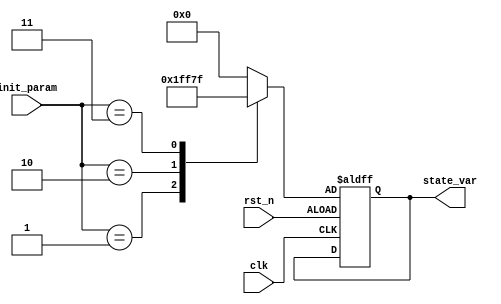
module ConfigurableInit #(
    parameter DATA_WIDTH = 8,            // Width of input and state signals
    parameter NUM_INIT_CONDITIONS = 4    // Number of different initial conditions
)(
    input wire clk,                       // Clock input
    input wire rst_n,                     // Active low reset
    input wire [DATA_WIDTH-1:0] init_param, // Input parameters defining initial conditions
    output reg [DATA_WIDTH-1:0] state_var // State variable reflecting current state
);

// Internal state variable declaration
reg [DATA_WIDTH-1:0] default_state;

// Initialization logic based on input parameters
always @(*) begin
    // Default state assignment based on input parameters
    case (init_param)
        8'b00000000: default_state = 8'd0;           // Condition 0
        8'b00000001: default_state = 8'd1;           // Condition 1
        8'b00000010: default_state = 8'd255;         // Condition 2
        8'b00000011: default_state = 8'd127;         // Condition 3
        default: default_state = 8'd0;                // Default condition
    endcase
end

// State variable assignment with reset mechanism
always @(posedge clk or negedge rst_n) begin
    if (!rst_n) begin
        state_var <= default_state; // Reset to defined default state
    end else begin
        // State variable retains its value, can be modified in future logic
        state_var <= state_var; // Placeholder for future state updates
    end
end

endmodule